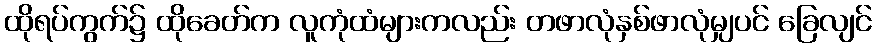
ထိုရပ်ကွက်၌ ထိုခေတ်က လူကုံထံများကလည်း တဖာလုံနှစ်ဖာလုံမျှပင် ခြေလျင်